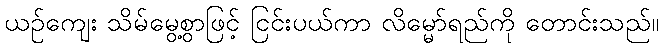
ယဉ်ကျေး သိမ်မွေ့စွာဖြင့် ငြင်းပယ်ကာ လိမ္မော်ရည်ကို တောင်းသည်။